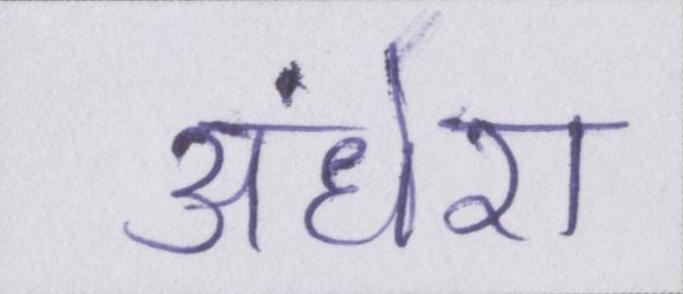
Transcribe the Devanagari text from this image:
अंधेरा